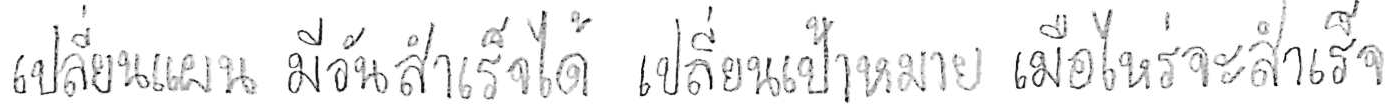
เปลี่ยนแผน มีวันสำเร็จได้ เปลี่ยนเป้าหมาย เมื่อไหร่จะสำเร็จ